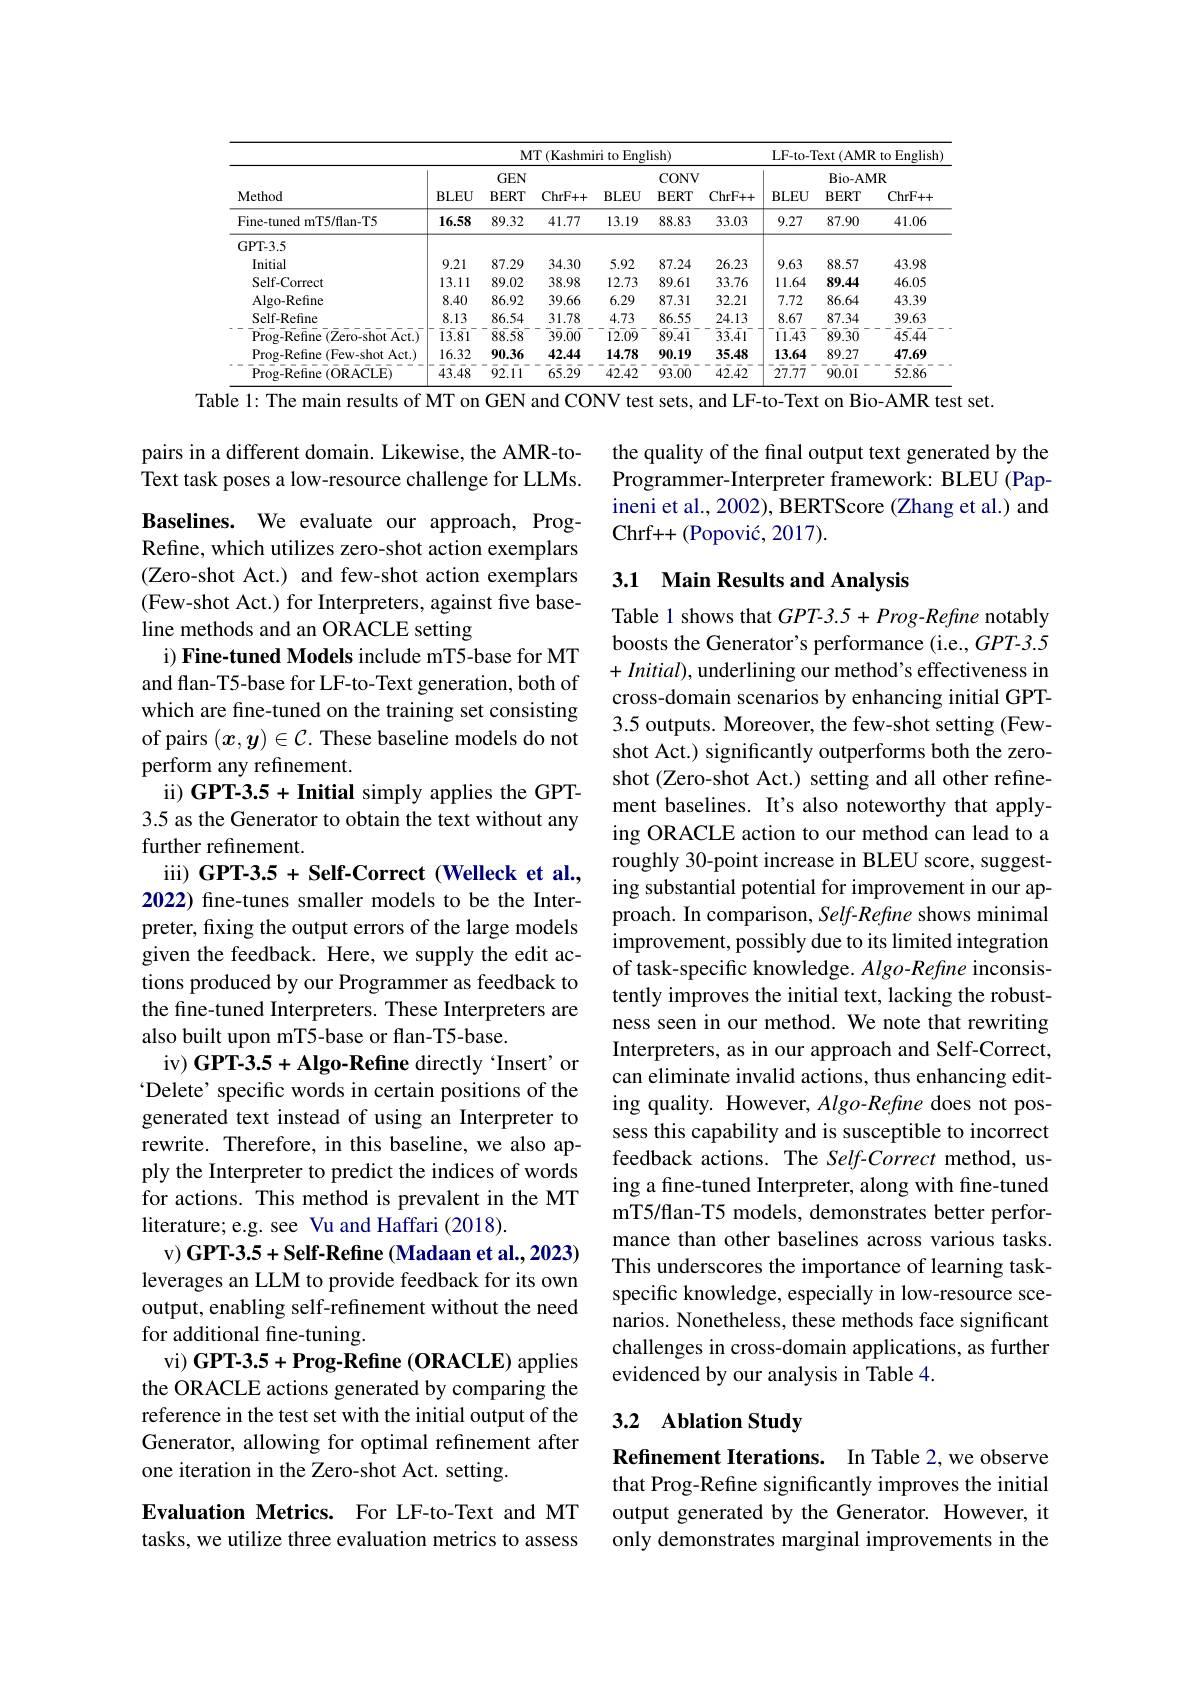
<table>
	<tbody>
		<tr>
			<th rowspan="3">Method</th>
			<th colspan="5">MT (Kashmiri to English)</th>
			<th> </th>
			<th colspan="3">LF-to-Text (AMR to English)</th>
		</tr>
		<tr>
			<th> </th>
			<th>$GEN$</th>
			<th rowspan="2">ChrF+ + </th>
			<th rowspan="2">$\mathbf{BLEU}$</th>
			<th colspan="2">CONV</th>
			<th> </th>
			<th colspan="2">$Bio-AMR$</th>
		</tr>
		<tr>
			<th>BLEU</th>
			<th>$BERT$</th>
			<th>$BERT$</th>
			<th>ChrF+ </th>
			<th>$\mathbf{BLEU}$</th>
			<th>$BERT$</th>
			<th>ChrF+ + </th>
		</tr>
		<tr>
			<td>Fine-tuned mT5/flan-T5</td>
			<td>16.58</td>
			<td>89.32</td>
			<td>41.77</td>
			<td>13.19</td>
			<td>88.83</td>
			<td>33.03</td>
			<td>9.27</td>
			<td>87.90</td>
			<td>41.06</td>
		</tr>
		<tr>
			<td>GPT- 3. 5</td>
			<td> </td>
			<td> </td>
			<td> </td>
			<td> </td>
			<td> </td>
			<td> </td>
			<td> </td>
			<td> </td>
			<td> </td>
		</tr>
		<tr>
			<td>Initial</td>
			<td>9.21</td>
			<td>87.29</td>
			<td>34.30</td>
			<td>5.92</td>
			<td>87.24</td>
			<td>26.23</td>
			<td>9.63</td>
			<td>88.57</td>
			<td>43.98</td>
		</tr>
		<tr>
			<td>Self-Correct</td>
			<td>13.11</td>
			<td>89.02</td>
			<td>38.98</td>
			<td>12.73</td>
			<td>89.61</td>
			<td>33.76</td>
			<td>11.64</td>
			<td>89.44</td>
			<td>46.05</td>
		</tr>
		<tr>
			<td>Algo-Refine</td>
			<td>8.40</td>
			<td>86.92</td>
			<td>39.66</td>
			<td>6.29</td>
			<td>87.31</td>
			<td>32.21</td>
			<td>7.72</td>
			<td>86.64</td>
			<td>43.39</td>
		</tr>
		<tr>
			<td>Self-Refine</td>
			<td>8.13</td>
			<td>86.54</td>
			<td>31.78</td>
			<td>4.73</td>
			<td>86.55</td>
			<td>24.13</td>
			<td>8.67</td>
			<td>87.34</td>
			<td>39.63</td>
		</tr>
		<tr>
			<td>$\operatorname{Prog-Refine}\left(\mathrm{Zero-shot~Act.}\right)$</td>
			<td>$\bar{13}.\bar{8}1$</td>
			<td>$\bar{88}.58$</td>
			<td>$\bar{3}\bar{9}.\bar{0}\bar{0}$</td>
			<td>12.09</td>
			<td>89.41</td>
			<td>$\bar{3}\bar{3}.\bar{4}1$</td>
			<td>11.43</td>
			<td>$8\bar{9}.\bar{30}$</td>
			<td>$\bar{45}.44$</td>
		</tr>
		<tr>
			<td>$\operatorname{Prog-Refine}(\operatorname{Few-shot}\operatorname{Act.})$</td>
			<td>16.32</td>
			<td>90.36</td>
			<td>42.44</td>
			<td>14.78</td>
			<td>90.19</td>
			<td>35.48</td>
			<td>13.64</td>
			<td>89.27</td>
			<td>47.69</td>
		</tr>
		<tr>
			<td>Prog- Refine ( ORACLE) </td>
			<td>43.48</td>
			<td>$\bar{9}\bar{2.1}1$</td>
			<td>$\bar{65}.\bar{29}$</td>
			<td>42.42</td>
			<td>93.00</td>
			<td>42.42</td>
			<td>27.77</td>
			<td>90.01</td>
			<td>52.86</td>
		</tr>
	</tbody>
</table>
Table 1: The main results of MT on GEN and CONV test sets, and LF-to-Text on Bio-AMR test set.

pairs in a different domain. Likewise, the AMR-toText task poses a low-resource challenge for LLMs. Baselines. We evaluate our approach, ProgRefine, which utilizes zero-shot action exemplars (Zero-shot Act.) and few-shot action exemplars (Few-shot Act.) for Interpreters, against five baseline methods and an ORACLE setting
i) Fine-tuned Models include mT5-base for MT and flan-T5-base for LF-to-Text generation, both of which are fine-tuned on the training set consisting of pairs $(x,y)\in\mathcal{C}.$ These baseline models do not perform any refinement.
ii) GPT-3.5 + Initial simply applies the GPT- 3.5 as the Generator to obtain the text without any further refinement.
iii) GPT-3.5 + Self-Correct (Welleck et al., 2022) fine-tunes smaller models to be the Interpreter, fixing the output errors of the large models given the feedback. Here, we supply the edit actions produced by our Programmer as feedback to the fine-tuned Interpreters. These Interpreters are also built upon mT5-base or flan-T5-base.
iv) GPT-3.5+ Algo-Refine directly ‘Insert’ or ' Delete' specific words in certain positions of the generated text instead of using an Interpreter to rewrite. Therefore, in this baseline, we also apply the Interpreter to predict the indices of words for actions. This method is prevalent in the MT literature; e.g. see Vu and Haffari (2018).
v) GPT-3.5+ Self-Refine (Madaan et al.,2023) leverages an LLM to provide feedback for its own output, enabling self-refinement without the need for additional fine-tuning.
vi) GPT-3.5 + Prog- Refine (ORACLE) applies the ORACLE actions generated by comparing the reference in the test set with the initial output of the Generator, allowing for optimal refinement after one iteration in the Zero-shot Act. setting.
Evaluation Metrics. For LF-to-Text and MT

tasks, we utilize three evaluation metrics to assess

the quality of the final output text generated by the Programmer-Interpreter framework: BLEU (Papineni et al., 2002), BERTScore (Zhang et al.) and Chrf+ + ( Popovi$\acute{c}$, 2017) .

## 3.1 Main Results and Analysis

Table 1 shows that $GPT$-3.5 + Prog-Refine notably boosts the Generator's performance (i.e., GPT-3.5 $+Initial)$, underlining our method's effectiveness in cross-domain scenarios by enhancing initial GPT- 3.5 outputs. Moreover, the few-shot setting (Fewshot Act.) significantly outperforms both the zeroshot (Zero-shot Act.) setting and all other refinement baselines. It's also noteworthy that applying ORACLE action to our method can lead to a roughly 30-point increase in BLEU score, suggesting substantial potential for improvement in our approach. In comparison, Self-Refine shows minimal improvement, possibly due to its limited integration of task-specific knowledge. Algo-Refine inconsistently improves the initial text, lacking the robustness seen in our method. We note that rewriting Interpreters, as in our approach and Self-Correct, can eliminate invalid actions, thus enhancing editing quality. However, $Algo-Refine$ does not possess this capability and is susceptible to incorrect feedback actions. The Self-Correct method, using a fine-tuned Interpreter, along with fine-tuned mT5/flan-T5 models, demonstrates better performance than other baselines across various tasks. This underscores the importance of learning taskspecific knowledge, especially in low-resource scenarios. Nonetheless, these methods face significant challenges in cross-domain applications, as further evidenced by our analysis in Table 4.

## 3.2 Ablation Study

Refinement Iterations. In Table 2,we observe that Prog-Refine significantly improves the initial output generated by the Generator. However, it only demonstrates marginal improvements in the